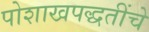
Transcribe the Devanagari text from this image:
पोशाखपद्धतींचे